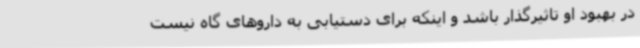
در بهبود او تاثیرگذار باشد و اینکه برای دستیابی به داروهای گاه نیست